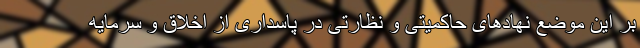
بر این موضع نهادهای حاکمیتی و نظارتی در پاسداری از اخلاق و سرمایه